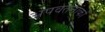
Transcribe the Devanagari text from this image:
अपवर्तनांकों